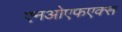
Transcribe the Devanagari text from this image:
एनओएफएक्स